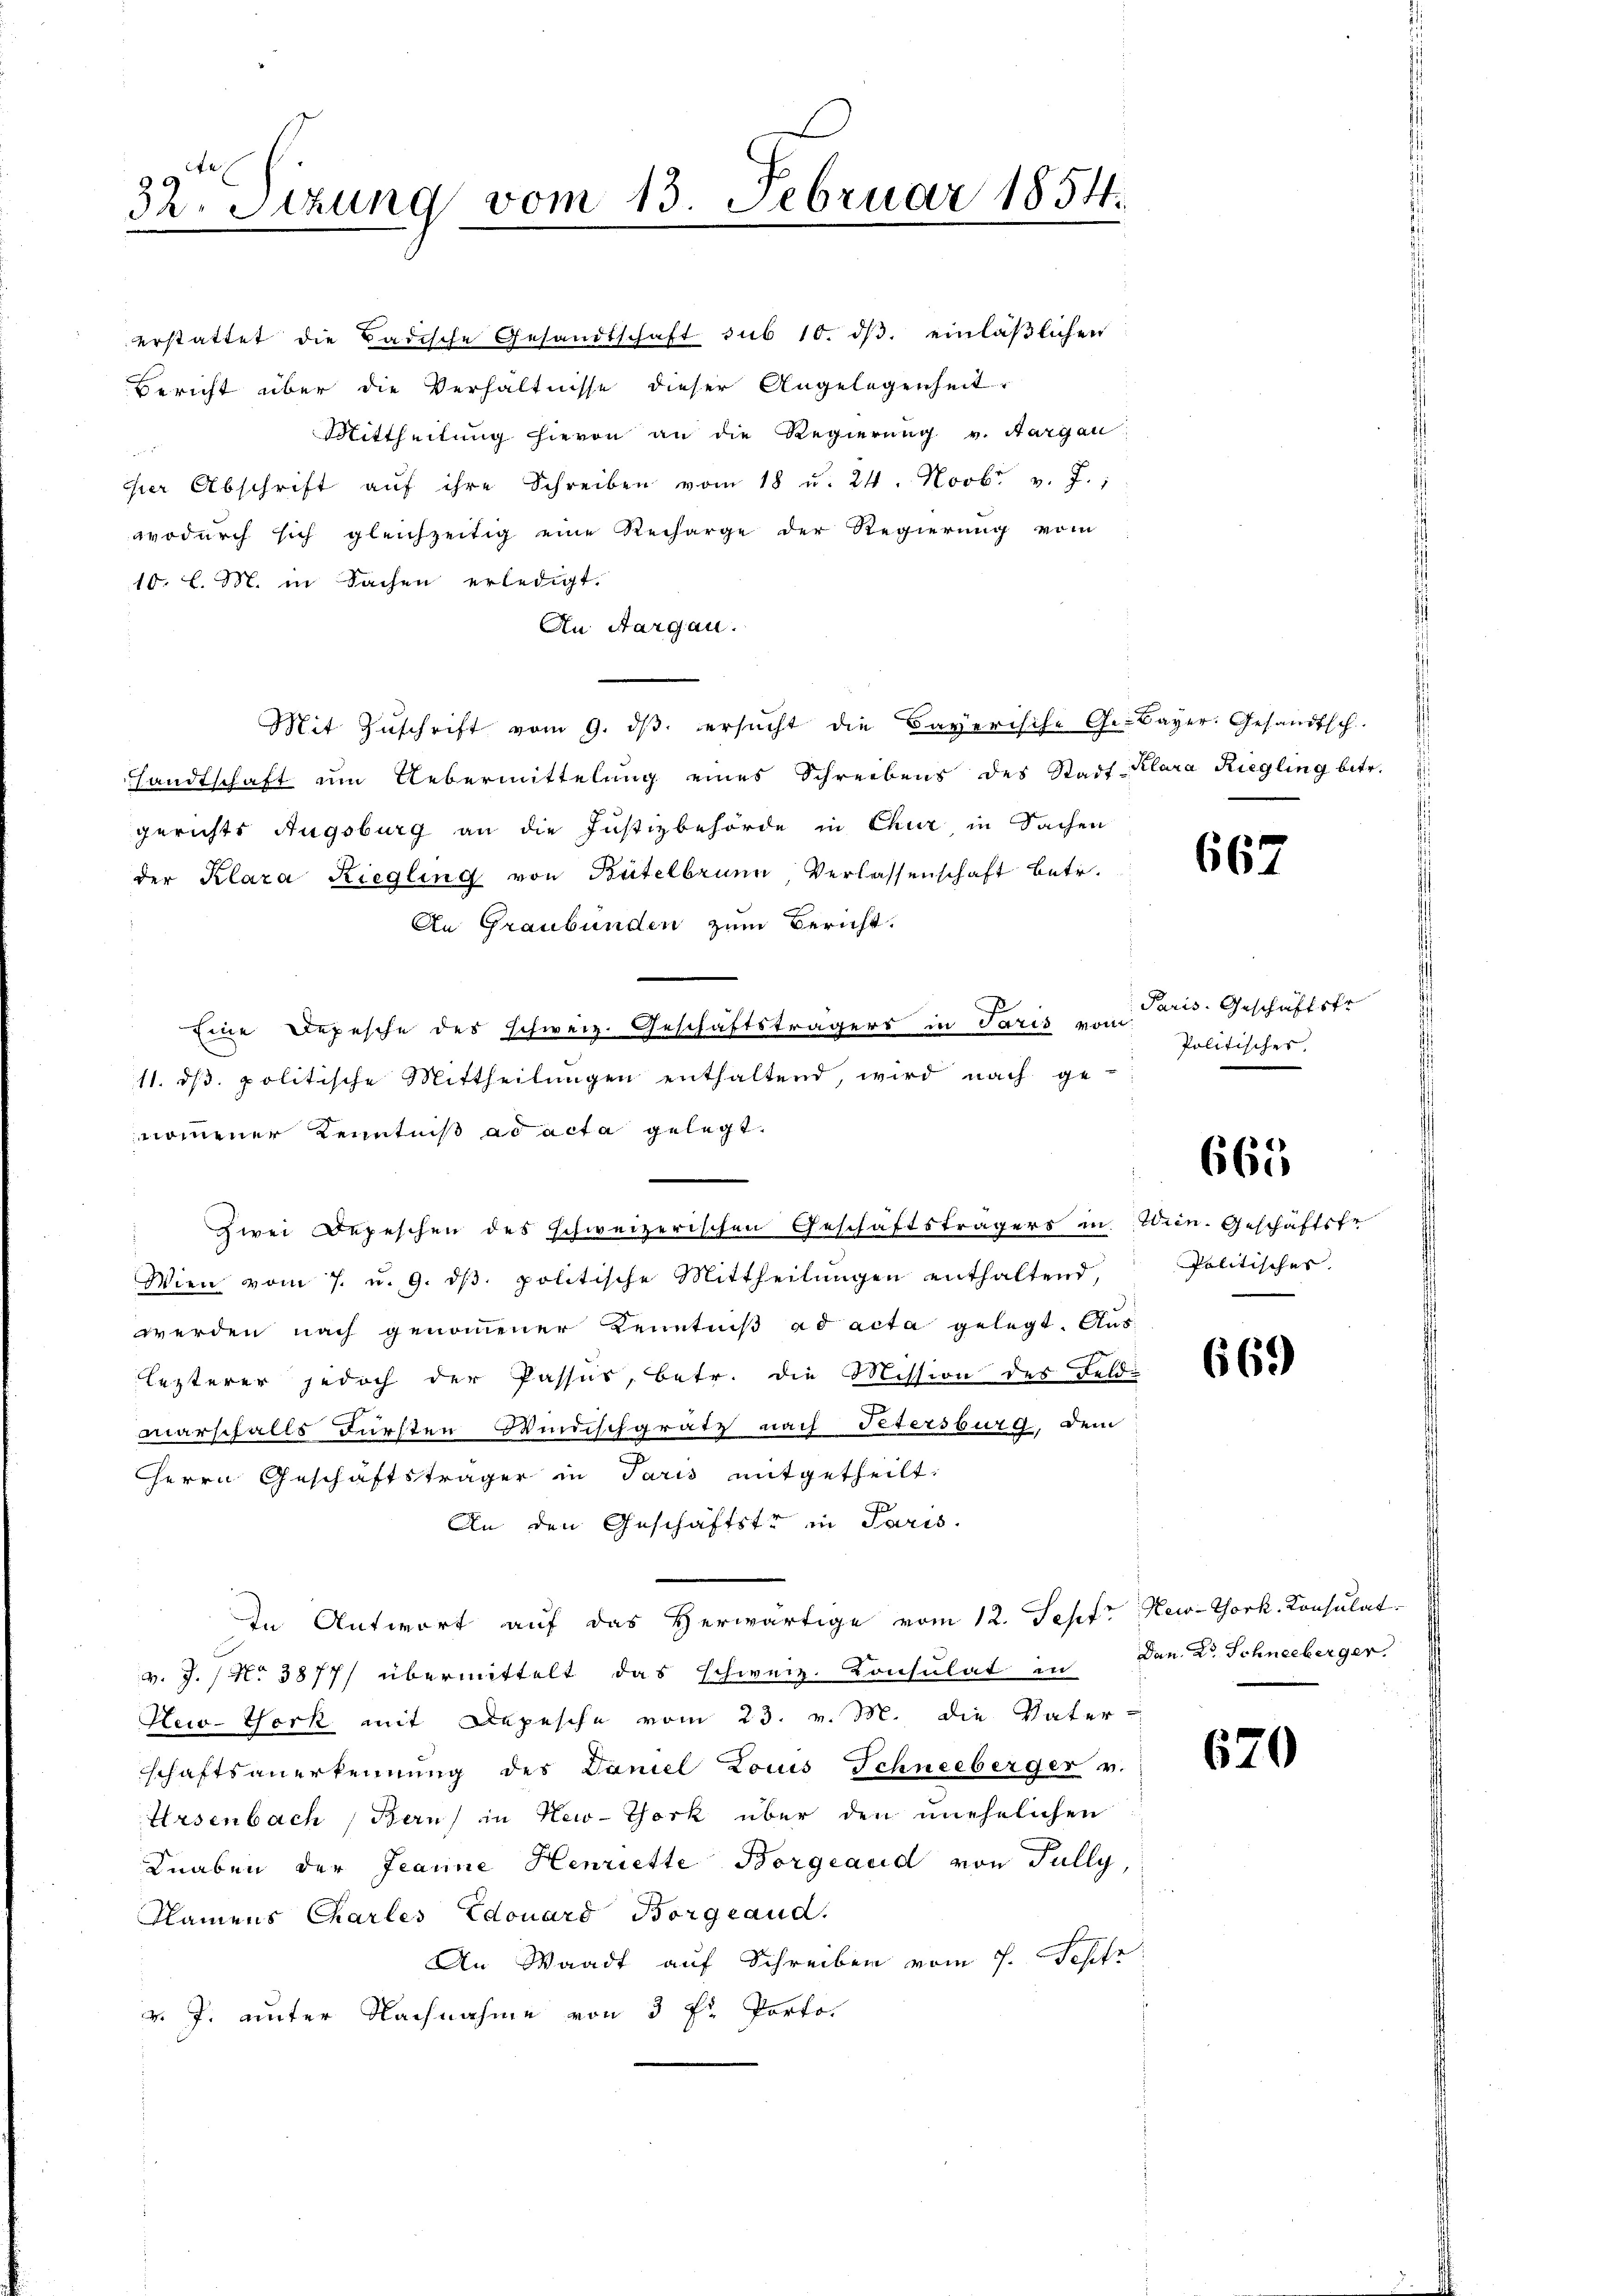
32. Sitzung vom 13. Februar 1854.

Mittheilung hievon an die Regierung v. Aargau

er Abschrift aŭf ihre Schreiben vom 18 u. 24. Novbr. v. J.,
wodurch sich gleichzeitig eine Recharge der Regierung vom
10. l. M. in Sachen erledigt.
An Aargau.
Mit Zuschrift vom 9. dβ ersucht die Bayerische Ge- Bayer. Gesandtsch
sandtschaft ŭm Uebermittelŭng eines Schreibens des Stadt Klara Riegling betr.
gerichts Augsburg an die Justizbehörde in Chur in Sachen
der Klara Riegling von Bütelbrunn, Verlassenschaft betr.
An Graubünden zum Bericht.
Eine Depesche des schweiz. Geschäftsträgers in Paris vom
11. dβ. politische Mittheilŭngen enthaltend, wird nach ge-
nomener Kenntniß ad acta gelegt.
s
" zwei Depeschen des schweizerischen Geschäftsträgers in Wien. Geschäftsfr
Wien vom 7. u. 9. dβ. politische Mittheilungen enthaltend,
werden nach genommener Kenntniß ad acta gelegt. Auslezterer jedoch der Passus, betr. die Mission des Felde
marschalls Fürsten Windischgrätz nach Petersburg, dem
Herrn Geschäftsträger in Paris mitgetheilt.
s
An den Geschäftstr in Paris.
In Antwort auf das Herwärtige vom 12. Sept New-York, Konsulat
v. J. / No 3877/ übermittelt das schweiz. Konsulat in
New-York mit Depesche vom 23. v. M. die Vater-
schaftsanerkennung des Daniel Louis Schneeberger v.
Arsenbach, Berns in New-York über den unehelichen
Knaben der Jeanne Henriette Borgeaud von Fully,
Namens Charles Edouard Borgeaud.
An Waadt auf Schreiben vom 7. Septz
v. J. unter Nachnahme von 3 Fr. Porto¬

erstattet die Badische Gesandtschaft sub 10. dβ einläβlichen
Bericht über die Verhältnisse dieser Angelegenheit

667

Paris. Geschäftstr
Politisches,

665

Politisches.

669

Dan. Dr. Schneeberger.

670